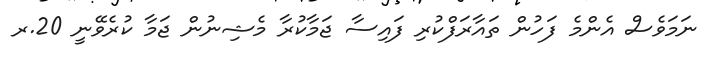
ނަމަވެސް އެންމެ ފަހުން ތައާރަފްކުރި ފައިސާ ޖަމާކުރާ މެޝިނުން ޖަމާ ކުރެވޭނީ 20.ރ